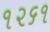
૧૨૬૧